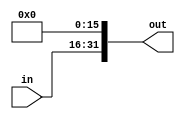
module ShiftLeft16(
    input wire [15:0] in,
    output wire [31:0] out
);

    wire [31:0] aux;

    assign aux = {{16'b0000000000000000}, in};
    assign out = aux << 16; 

endmodule